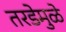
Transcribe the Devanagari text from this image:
तरडेमुळे